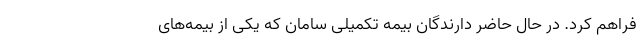
فراهم کرد. در حال حاضر دارندگان بیمه تکمیلی سامان که یکی از بیمه‌های